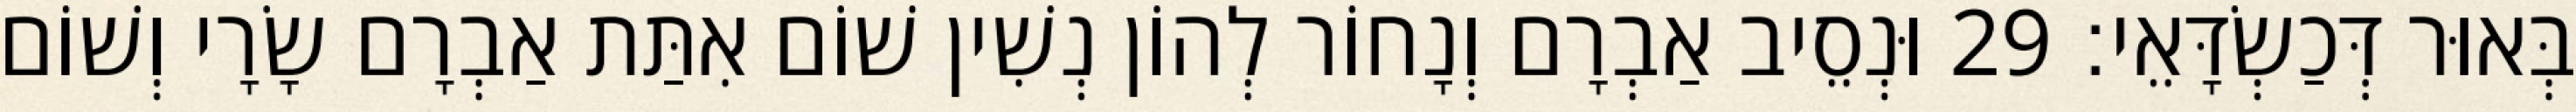
בְּאוּר דְּכַשְׂדָּאֵי׃ 29 וּנְסֵיב אַבְרָם וְנָחוֹר לְהוֹן נְשִׁין שׁוֹם אִתַּת אַבְרָם שָׂרָי וְשׁוֹם